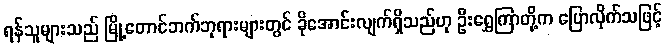
ရန်သူများသည် မြို့တောင်ဘက်ဘုရားများတွင် ခိုအောင်းလျက်ရှိသည်ဟု ဦးရွှေကြာတို့က ပြောလိုက်သဖြင့်